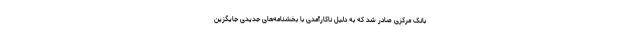
بانک مرکزی صادر شد که به دلیل ناکارآمدی با بخشنامه‌های جدیدی جایگزین